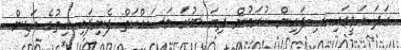
ގަދަ އަވީގައި ސިފައިން ކުރަމުން ދިޔަ ބުރަ މަސައްކަތް ފެނިފައި ހިތުގެ އަޑިން